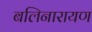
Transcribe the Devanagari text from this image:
बलिनारायण